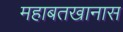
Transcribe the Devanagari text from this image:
महाबतखानास